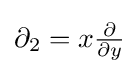
\partial _{2}=x{\tfrac {\partial }{\partial y}}